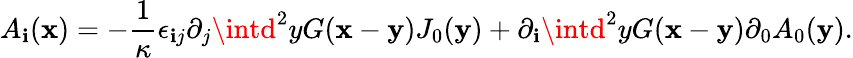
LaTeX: A_{\mathbf{i}}({\mathbf{x}})=-\frac{{1}}{{\kappa}}\epsilon_{\mathbf{i}j}\partial_{j}\intd^{2}yG({\mathbf{x}}-{\mathbf{y}})J_{0}({\mathbf{y}})+\partial_{\mathbf{i}}\intd^{2}yG({\mathbf{x}}-{\mathbf{y}})\partial_{0}A_{0}({\mathbf{y}}).